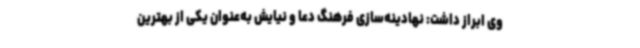
وی ابراز داشت: نهادینه‌سازی فرهنگ دعا و نیایش به‌عنوان یکی از بهترین